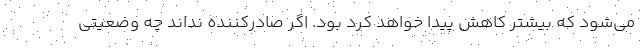
می‌شود که بیشتر کاهش پیدا خواهد کرد بود. اگر صادرکننده نداند چه وضعیتی